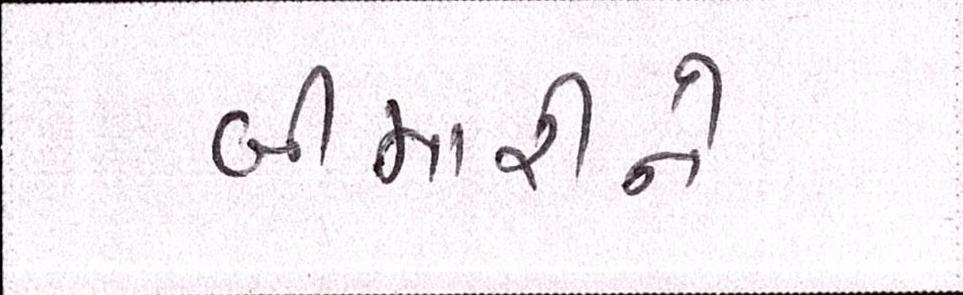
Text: બીમારીને